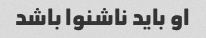
او باید ناشنوا باشد